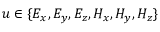
u \in \{ E _ { x } , E _ { y } , E _ { z } , H _ { x } , H _ { y } , H _ { z } \}